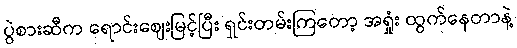
ပွဲစားဆီက ရောင်းဈေးမြင့်ပြီး ရှင်းတမ်းကြတော့ အရှုံး ထွက်နေတာနဲ့